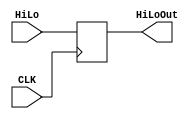
`timescale 1ns / 1ps
//////////////////////////////////////////////////////////////////////////////////
// Engineers: Sebastian Thiem, Brian Winkler
// % effort: Sebastian Thiem(50%), Brian Winkler(50%)
// 
// Module Name:    HiLoReg 
// Project Name:   MIPS 32-bit Processor
//
// Description:    The 64-bit register, used for multiplication operations.
//
//////////////////////////////////////////////////////////////////////////////////
module HiLoReg(CLK, HiLo, HiLoOut);

    (*keep = "true"*)       
    
	input CLK;
	input [63:0]HiLo;
	output reg [63:0]HiLoOut;
	
	always@(negedge CLK) begin
	   HiLoOut <= HiLo;
	end
	
endmodule